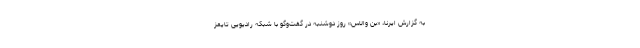
به گزارش ایرنا، «بن والاس» روز دوشنبه در گفت‌وگو با شبکه رادیویی تایمز